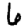
Digit: 6